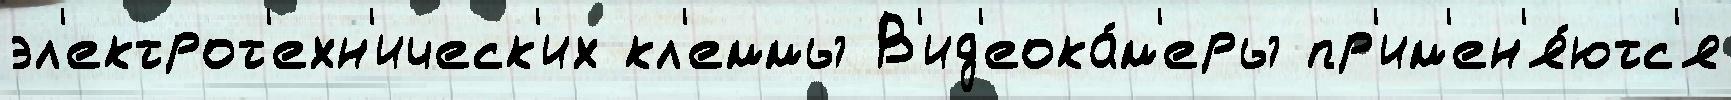
эл'ектрот'ехн'ическ'их кл'еммы В'ид'еока́м'еры пр'им'ен'я́ютс'я